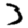
Digit: 3